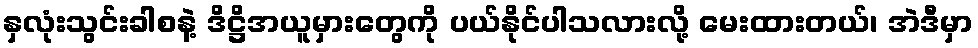
နှလုံးသွင်းခါစနဲ့ ဒိဋ္ဌိအယူမှားတွေကို ပယ်နိုင်ပါသလားလို့ မေးထားတယ်၊ အဲဒီမှာ